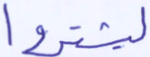
ليشتروا